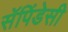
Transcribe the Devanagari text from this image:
सॅपिंडेसी